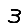
Digit: 3